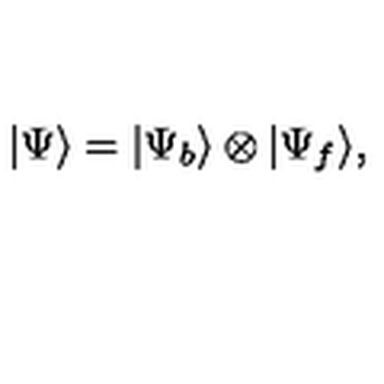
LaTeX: | \Psi \rangle = | \Psi _ { b } \rangle \otimes | \Psi _ { f } \rangle ,